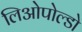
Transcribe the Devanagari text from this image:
लिओपोल्डो